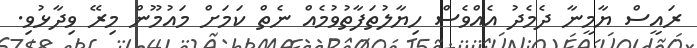
ރައީސް ޔާމީނާ ދެމެދު އެއްވެސް ހިޔާލުތަފާތުވުމެއް ނެތް ކަމަށް މައުމޫން މިރޭ ވިދާޅުވި.